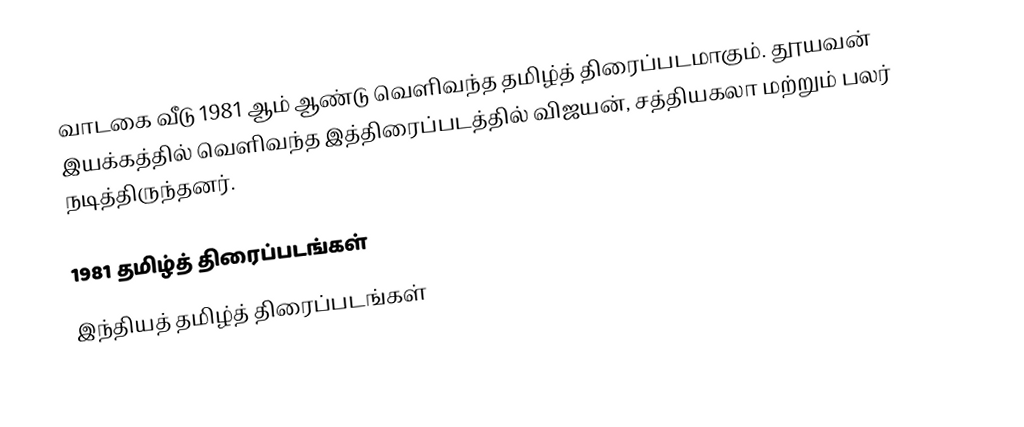
வாடகை வீடு 1981 ஆம் ஆண்டு வெளிவந்த தமிழ்த் திரைப்படமாகும். தூயவன் இயக்கத்தில் வெளிவந்த இத்திரைப்படத்தில் விஜயன், சத்தியகலா மற்றும் பலர் நடித்திருந்தனர்.

1981 தமிழ்த் திரைப்படங்கள்
இந்தியத் தமிழ்த் திரைப்படங்கள்